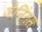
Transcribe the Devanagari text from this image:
जेनिंगस